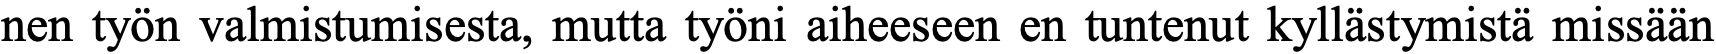
nen työn valmistumisesta, mutta työni aiheeseen en tuntenut kyllästymistä missään